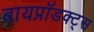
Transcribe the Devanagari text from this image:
बायप्रॉडक्ट्स